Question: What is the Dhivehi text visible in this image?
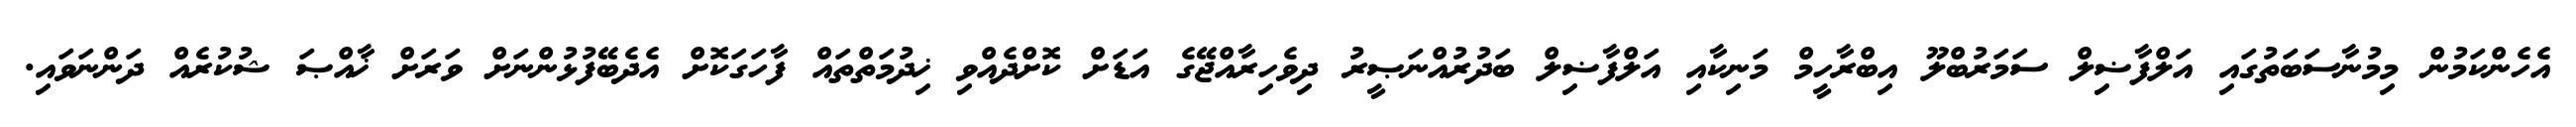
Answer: އެހެންކަމުން މިމުނާސަބަތުގައި އަލްފާޟިލް ސަމަރުބްލޫ އިބްރާހީމް މަނިކާއި އަލްފާޟިލް ބަދުރުއްނަޞީރު ދިވެހިރާއްޖޭގެ އަޑަށް ކޮށްދެއްވި ޚިދުމަތްތައް ފާހަގަކޮށް އެދެބޭފުޅުންނަށް ވަރަށް ޚާއްޞަ ޝުކުރެއް ދަންނަވައި.